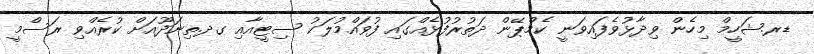
ޑރ.ޝަހީމް މިހެން ވިދާޅުވެފައިވަނީ ކެމްޕޭން ދަތުރުފުޅެއްގައި ފުވައްމުލަކު ސިޓީއާއި ގދ.ތިނަދޫއަށް ކުރެއްވި ރަސްމީ